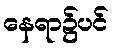
နေရာ၌ပင်